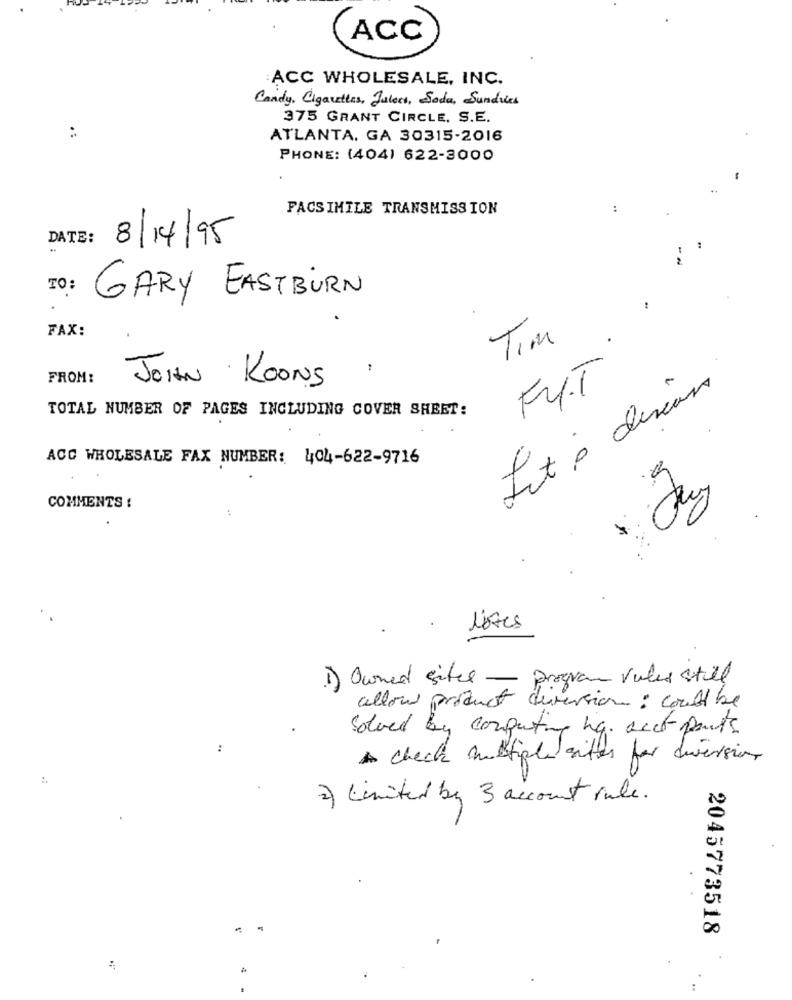
ACC
:ACC WHOLESALE, INC.
Candy, Cigarettes, Jalert, Soda, Sundries
375 GRANT CIRCLE. S.E.
ATLANTA, GA 30315-2016
PHONE: (404) 622-3000
FACSIMILE TRANSMISSION
:
DATE :
8/14/95
TO :
GARY EASTBÜRN
FAX:
Tim
FROM:
FUT
JOHAN KOONS
Int à disin
TOTAL NUMBER OF PAGES INCLUDING COVER SHEET:
ACC WHOLESALE FAX NUMBER: 404-622-9716
9
COMMENTS :
Notes
1) Owned sites - program rules still
allow product diversion: could be
Solved by computing ha. acct pants
A check multiple sites for diversion
2)
Limited by 3 account rule.
. .
2045773518